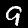
Label: 9